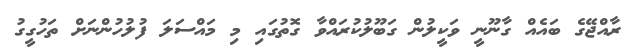
ރާއްޖޭގެ ބައެއް ގާނޫނީ ވަކީލުން ގަބޫލުކުރައްވާ ގޮތުގައި މި މައްސަލަ ފުލުހުންނަށް ތަހުގީގު